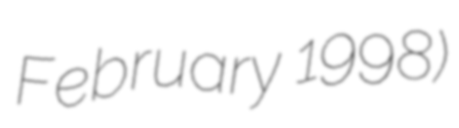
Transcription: February 1998)